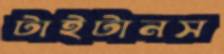
টাইটানস